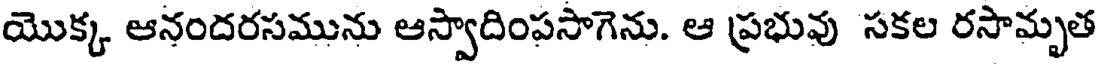
యొక్క ఆనందరసమును ఆస్వాదింపసాగెను. ఆ ప్రభువు సకల రసామృత